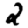
Digit: 2